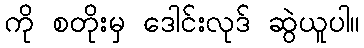
ကို စတိုးမှ ဒေါင်းလုဒ် ဆွဲယူပါ။